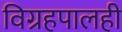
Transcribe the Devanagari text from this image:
विग्रहपालही